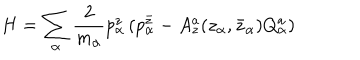
H = \sum _ { \alpha } { \frac { 2 } { m _ { \alpha } } } p _ { \alpha } ^ { z } \left( p _ { \alpha } ^ { \bar { z } } - A _ { z } ^ { a } ( z _ { \alpha } , \bar { z } _ { \alpha } ) Q _ { \alpha } ^ { a } \right)